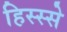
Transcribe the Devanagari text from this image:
हिस्‍स्‍से